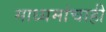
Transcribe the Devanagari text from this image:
माध्यमांचाही